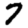
Digit: 7